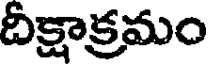
దీక్షాక్రమం